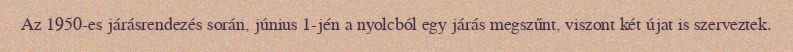
Az 1950-es járásrendezés során, június 1-jén a nyolcból egy járás megszűnt, viszont két újat is szerveztek.